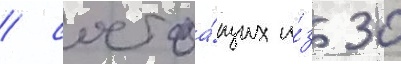
/ состоа́щих и́з 30